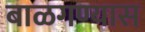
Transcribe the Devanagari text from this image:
बाळगण्यास